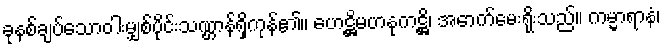
ခုနစ်ချပ်သောဝါးမျှစ်ပိုင်းသဏ္ဌာန်ရှိကုန်၏။ ဟေဋ္ဌိမဟနုကဋ္ဌိ၊ အောက်မေးရိုးသည်။ ကမ္မာရာနံ၊